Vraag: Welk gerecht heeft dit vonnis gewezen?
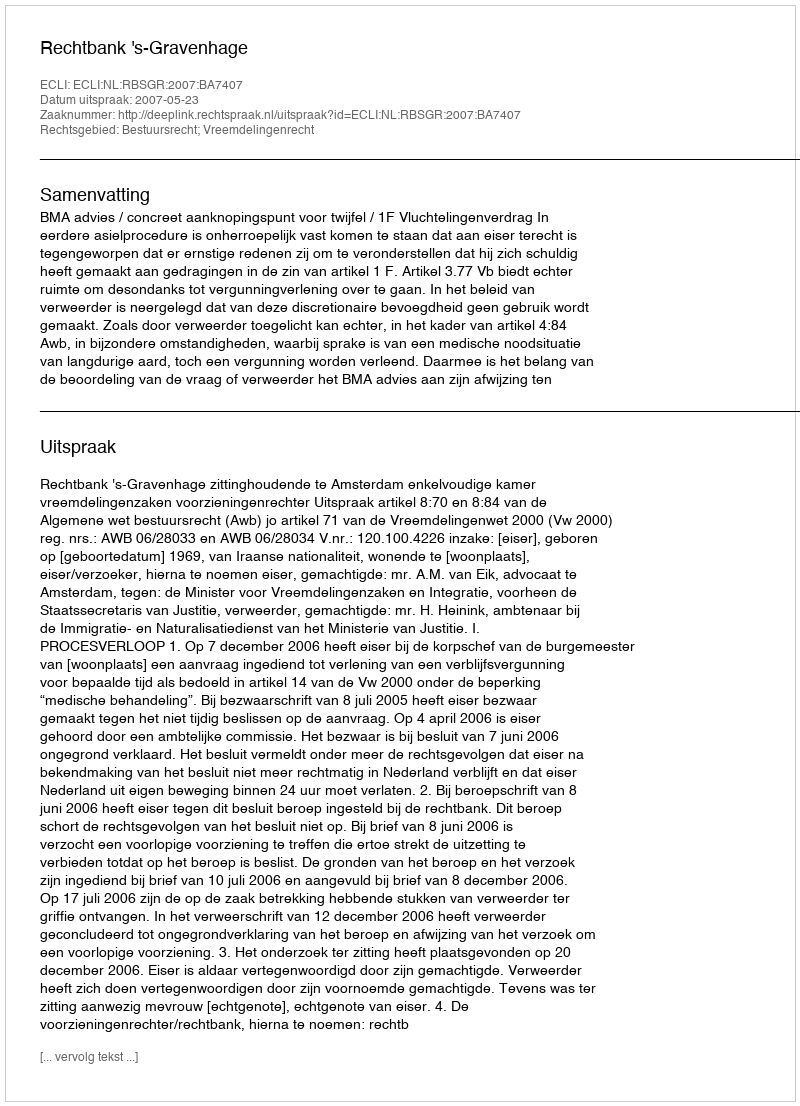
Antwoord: Rechtbank 's-Gravenhage